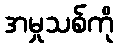
အမှုသစ်ကို